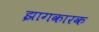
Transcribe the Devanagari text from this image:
झागकारक